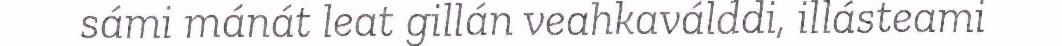
sámi mánát leat gillán veahkaválddi, illásteami